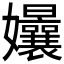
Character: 𭒴